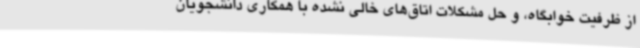
از ظرفیت خوابگاه، و حل مشکلات اتاق‌های خالی نشده با همکاری دانشجویان